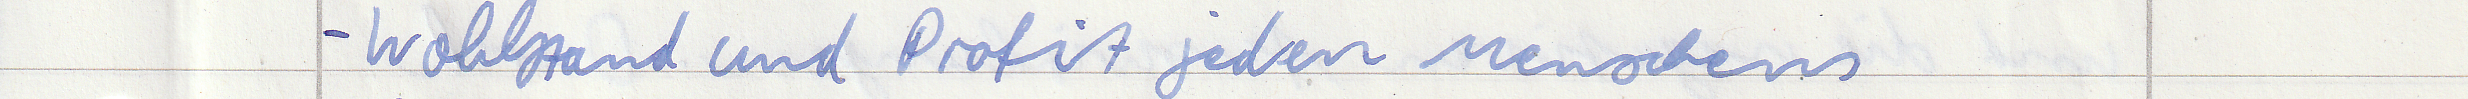
- Wohlstand und Profit jeden Menschens